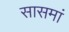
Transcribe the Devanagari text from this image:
सासमां